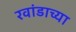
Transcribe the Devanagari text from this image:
रवांडाच्या